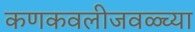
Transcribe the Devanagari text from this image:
कणकवलीजवळ्च्या